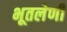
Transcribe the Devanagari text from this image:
भूतलेणी